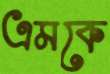
এমকে